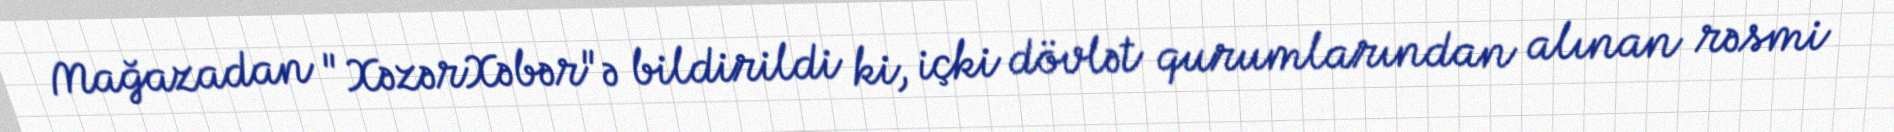
Mağazadan "XəzərXəbər"ə bildirildi ki, içki dövlət qurumlarından alınan rəsmi